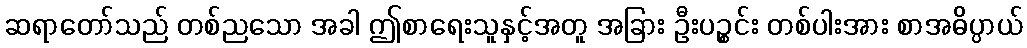
ဆရာတော်သည် တစ်ညသော အခါ ဤစာရေးသူနှင့်အတူ အခြား ဦးပဉ္စင်း တစ်ပါးအား စာအဓိပ္ပာယ်